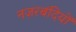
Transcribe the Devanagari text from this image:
नज़रबंदियों